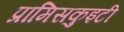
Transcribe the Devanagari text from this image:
प्रामिसकुइटी